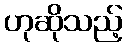
ဟုဆိုသည့်